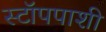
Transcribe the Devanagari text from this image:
स्टॉपपाशी